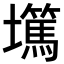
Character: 𡓞